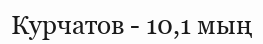
Курчатов - 10,1 мың